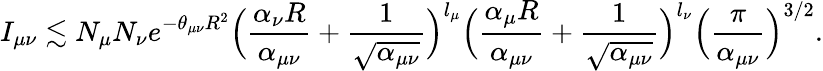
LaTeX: I_{\mu\nu}\lesssim N_{\mu}N_{\nu}e^{-\theta_{\mu\nu}R^{2}}\Big(\frac{\alpha_{\nu}R}{\alpha_{\mu\nu}}+\frac{1}{\sqrt{\alpha_{\mu\nu}}}\Big)^{l_{\mu}}\Big(\frac{\alpha_{\mu}R}{\alpha_{\mu\nu}}+\frac{1}{\sqrt{\alpha_{\mu\nu}}}\Big)^{l_{\nu}}\Big(\frac{\pi}{\alpha_{\mu\nu}}\Big)^{3/2}.